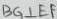
B G \bot E F